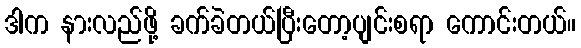
ဒါက နားလည်ဖို့ ခက်ခဲတယ်ပြီးတော့ပျင်းစရာ ကောင်းတယ်။